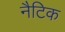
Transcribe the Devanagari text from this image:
नैटिक